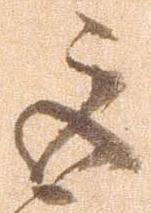
巨